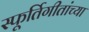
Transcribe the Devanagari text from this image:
स्फूर्तिगीतांच्या